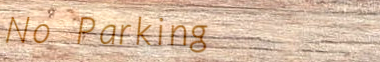
No Parking